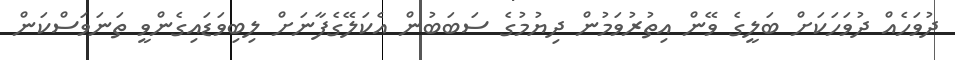
ދުވަހެއް ދުވަހަކަށް ބަލީގެ ވޭން އިތުރުވަމުން ދިޔުމުގެ ސަބަބުން އެކަލޭގެފާނަށް ލިބިވަޑައިގެންވީ ތަނަވަސްކަން